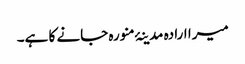
میرا ارادہ مدینۂ منورہ جانے کا ہے۔